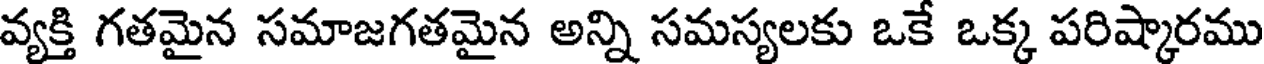
వ్యక్తి గతమైన సమాజగతమైన అన్ని సమస్యలకు ఒకే ఒక్క పరిష్కారము